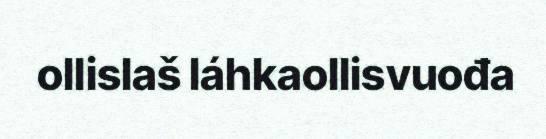
ollislaš láhkaollisvuođa